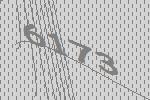
6173